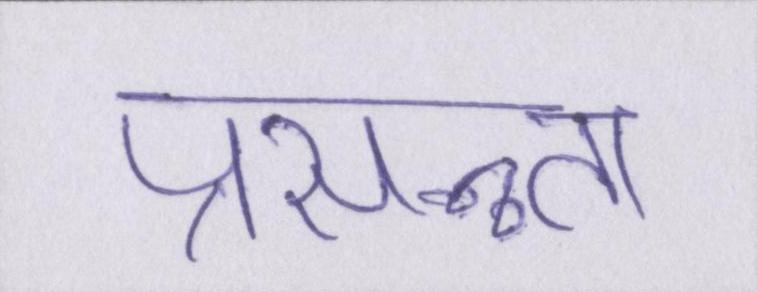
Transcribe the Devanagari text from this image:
प्रसन्न्ता